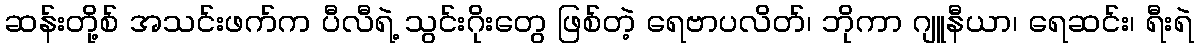
ဆန်းတို့စ် အသင်းဖက်က ပီလီရဲ့ သွင်းဂိုးတွေ ဖြစ်တဲ့ ရေဗာပလိတ်၊ ဘိုကာ ဂျူနီယာ၊ ရေဆင်း၊ ရီးရဲ